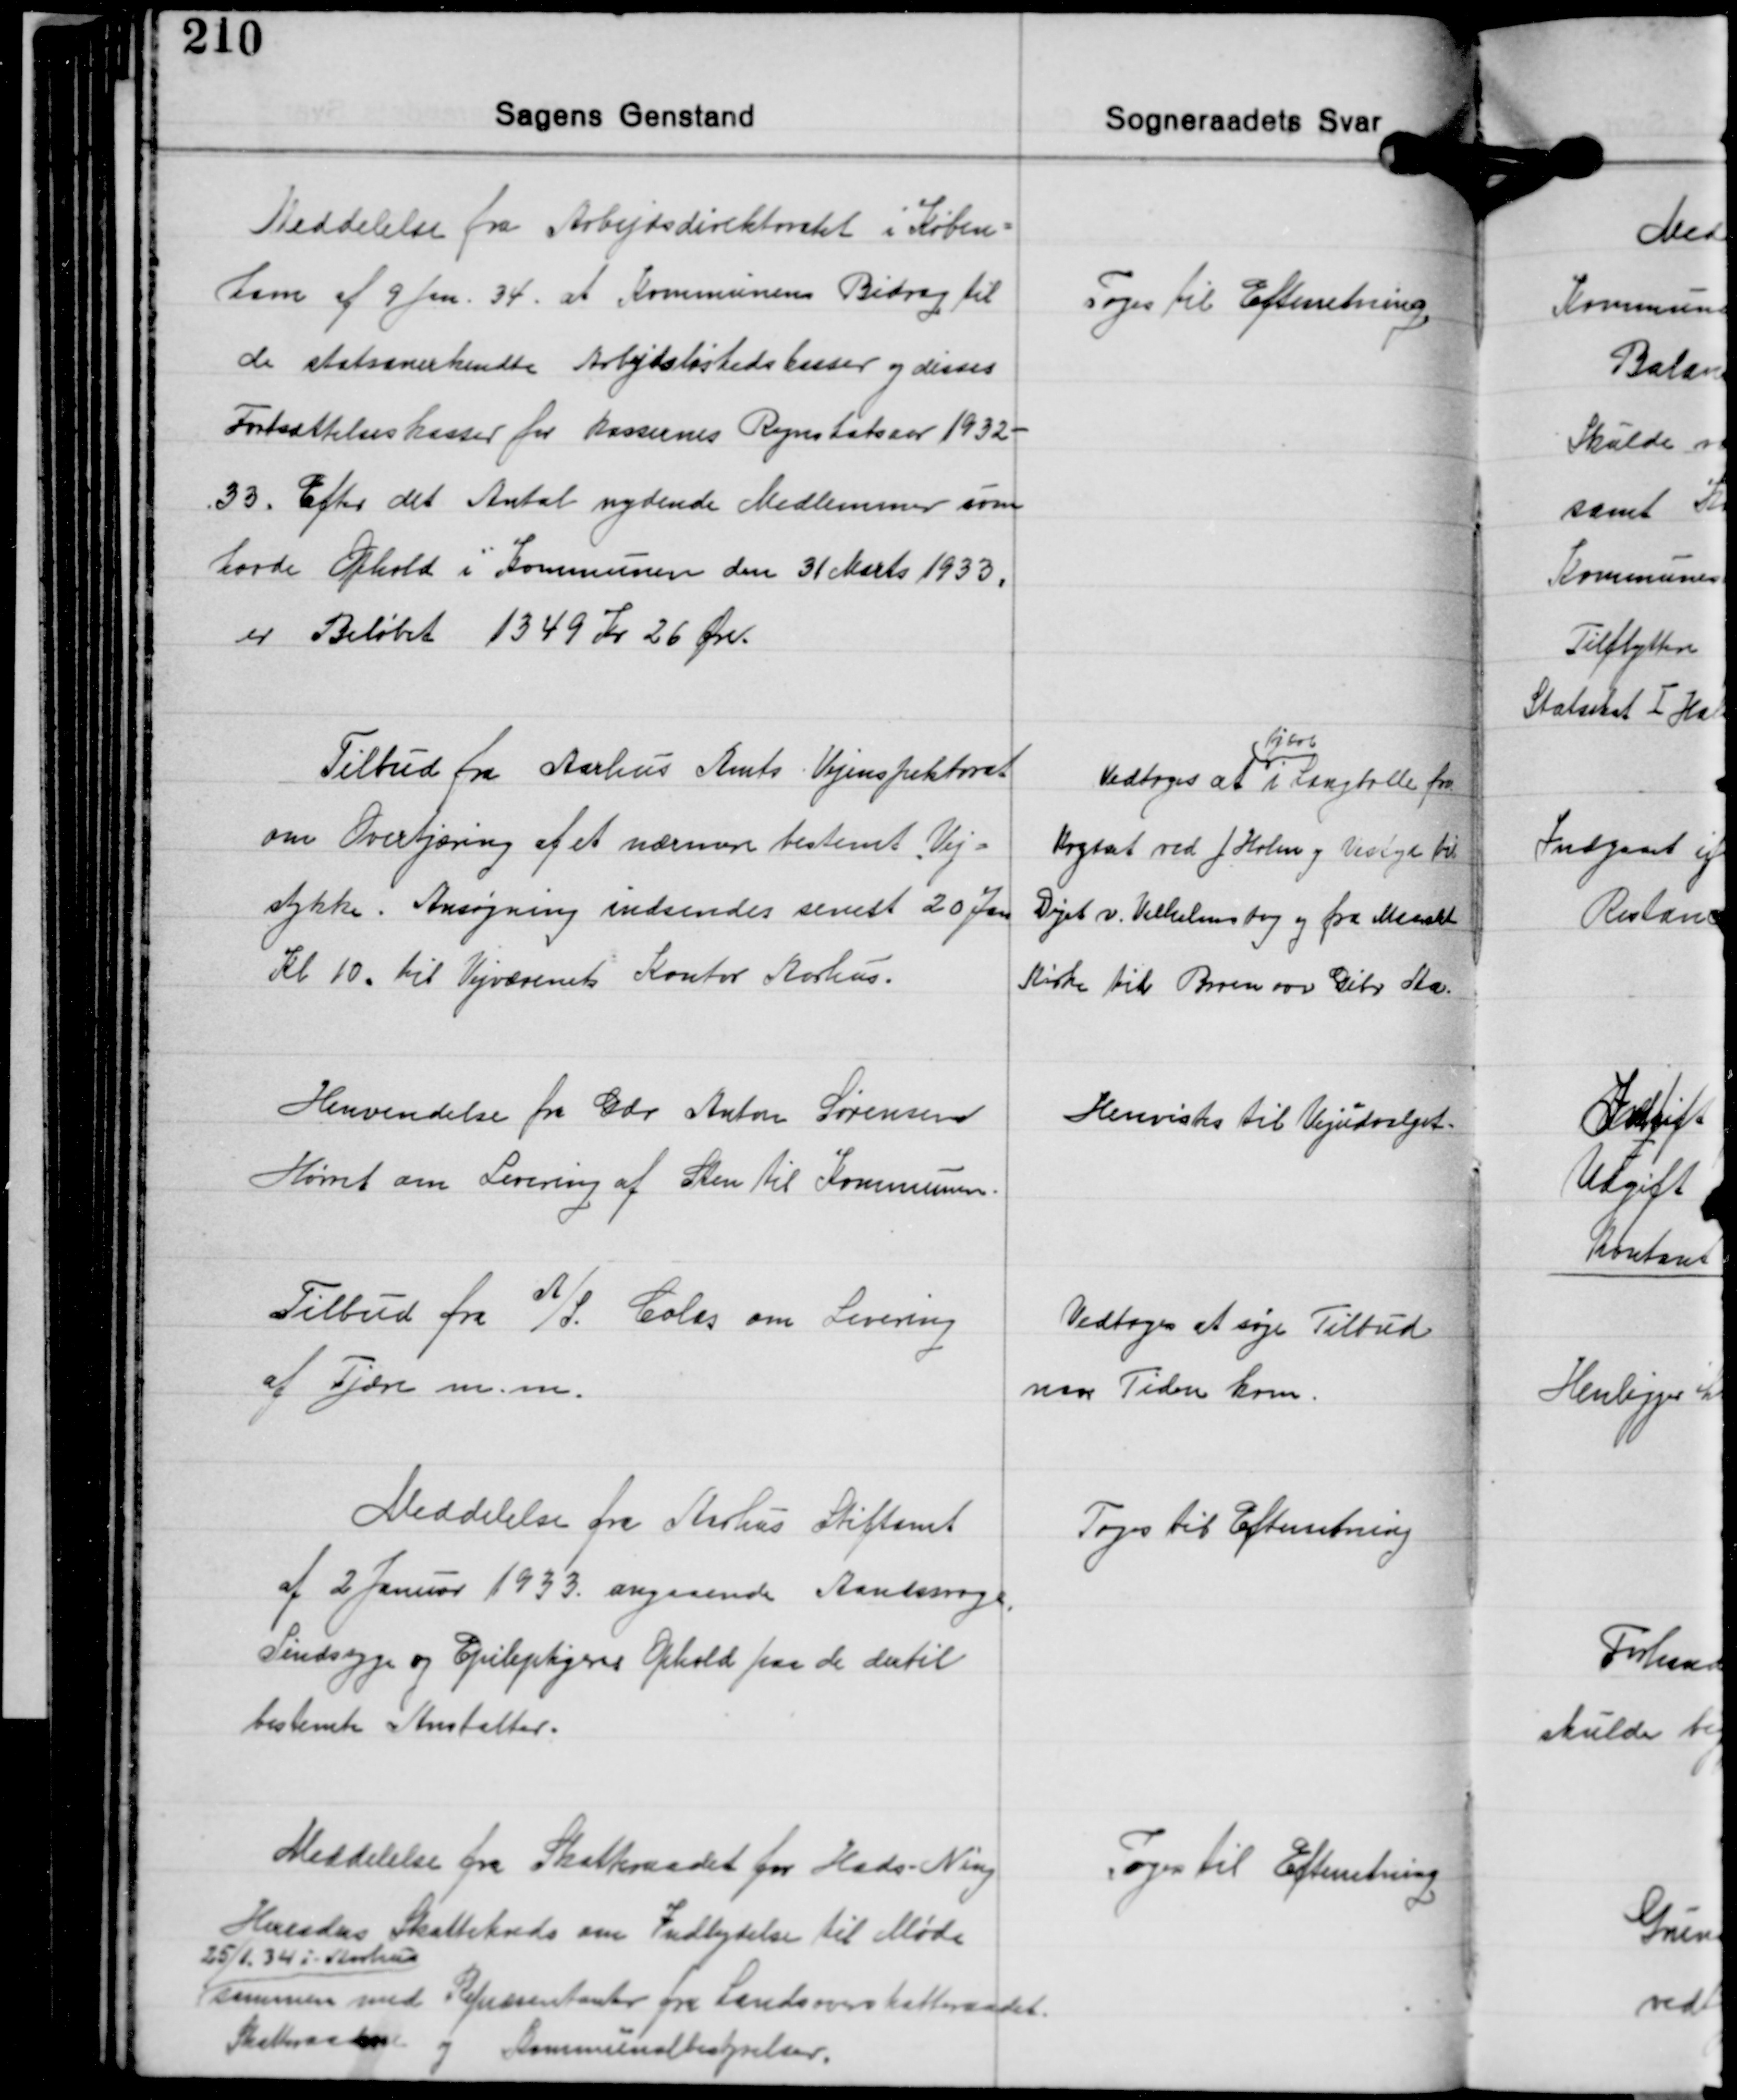
Transskription:
Meddelelse fra Arbejdsdirektoratet i Køben-
havn af 9 Juni 34 at Kommunens Bidrag til
de statsanerkendte Arbejdsløshedskasser og disses
Fortsættelseskasser for kassernes Regnskabsaar 1932-
33. Efter det Antal nydende Medlemmer som
havde Ophold i Kommunen den 31 Marts 1933,
er Beløbet 1349 Kr. 26 Øre.

Toges til Efterretning

Tilbud fra Aarhus Amts Vejinspektorat
om Overtjæring af et nærmere bestemt Vej-
stykke. Ansøgning indsendes senest 20 Jan.
Kl. 10. til Vejvæsenets Kontor Aarhus.

tjære
Vedtoges at i Langballe fra
Krydset ved J. Holm og Vestyr til
Diget v. Vilhelmsborg og fra Maarslet
Kirke til Broen over Giber Aa.

Henvendelse fra Gdr. Anton Sørensen
Hørret om Levering af Sten til Kommunen.

Henvistes til Vejudvalget.

Tilbud fra A/S Colas om Levering
af Tjære m.m.

Vedtoges at søge Tilbud
naar Tiden kom.

Meddelelse fra Aarhus Stiftamt
af 2 Januar 1933 angaaende Aandssvage,
Sindsyge og Epileptigeres Ophold paa de dertil
bestemte Anstalter.

Toges til Efterretning

Meddelelse fra Skatteraadet for Hads-Ning
Herreders Skattekreds om Indbydelse til Møde
25/1 34 i Aarhus
sammen med Representanter fra Landsoverskatteraadet.
Skatteraadene
og Kommunalbestyrelser.

Toges til Efterretning